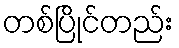
တစ်ပြိုင်တည်း